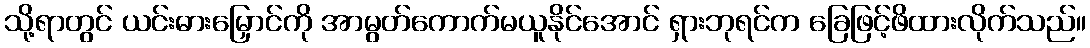
သို့ရာတွင် ယင်းဓားမြှောင်ကို အာမွတ်ကောက်မယူနိုင်အောင် ရှားဘုရင်က ခြေဖြင့်ဖိထားလိုက်သည်။